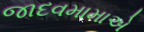
જાદવમામાએ